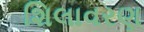
શિલાવરણ